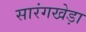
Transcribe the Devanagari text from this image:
सारंगखेड़ा